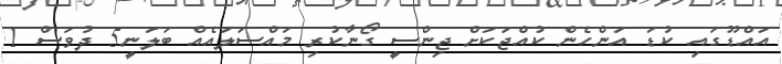
އައްޑޫގައި ކުޑަ އަންހެން ކުއްޖަކަށް ޖިންސީ ގޯނާކުރި މައްސަލައެއް ބަލަނީ5 ދުވަސް 1